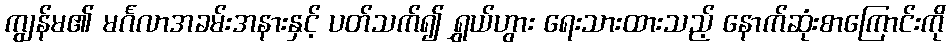
ကျွန်မ၏ မင်္ဂလာအခမ်းအနားနှင့် ပတ်သက်၍ ရွှယ်ဟွား ရေးသားထားသည့် နောက်ဆုံးစာကြောင်းကို